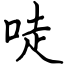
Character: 唗